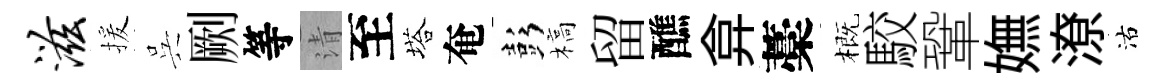
滋援呉劂等清至塔奄彭槁留醮弇藁概駮鞏嫵潦沽